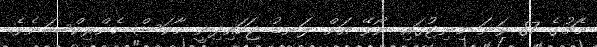
މެޗުގެ 87 ވަނަ މިނިޓުގައި ނޯވޭ އަށް ލަނޑު ޖަހައިދިނީ މާކަސް ހެންރިކްސަނެވެ.